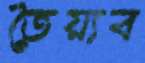
তৈয়্যব